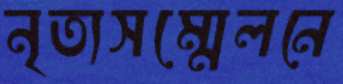
নৃত্যসম্মেলনে